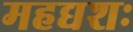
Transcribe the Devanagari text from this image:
महद्यशः